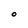
Character: O